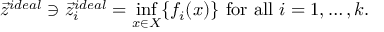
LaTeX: { \vec { z } } ^ { i d e a l } \ni { \vec { z } } _ { i } ^ { i d e a l } = { \underset { x \in X } { \operatorname* { i n f } } } \{ f _ { i } ( x ) \} { \mathrm { ~ f o r ~ a l l ~ } } i = 1 , \ldots , k .